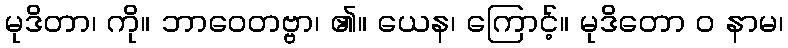
မုဒိတာ၊ ကို။ ဘာဝေတဗ္ဗာ၊ ၏။ ယေန၊ ကြောင့်။ မုဒိတော ဝ နာမ၊